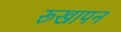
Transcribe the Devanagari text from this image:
रूखापन